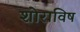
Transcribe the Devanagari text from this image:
शोराविष